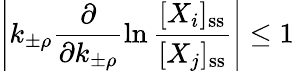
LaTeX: \left|k_{\pm\rho}\frac{\partial}{\partial k_{\pm\rho}}\ln\frac{[X_{i}]_{\mathrm{ss}}}{[X_{j}]_{\mathrm{ss}}}\right|\leq 1